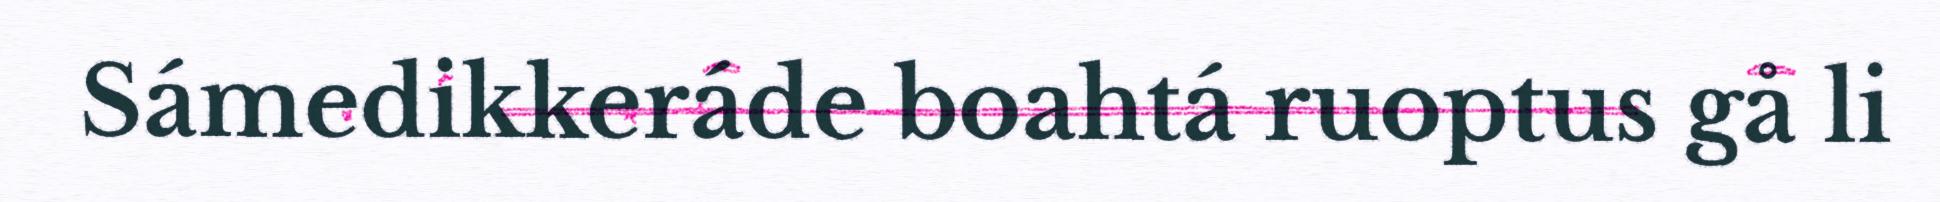
Sámedikkeráde boahtá ruoptus gå li